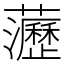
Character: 𧄻